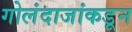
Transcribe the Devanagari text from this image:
गोलंदाजांकडून